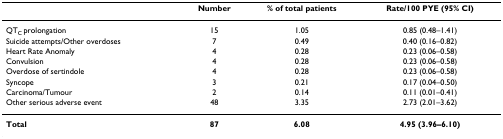
<table><thead><tr><td>[EMPTY_CELL]</td><td><b>Number</b></td><td><b>% of total patients</b></td><td><b>Rate/100 PYE (95% CI)</b></td></tr></thead><tbody><tr><td>QT<sub>C </sub>prolongation</td><td>15</td><td>1.05</td><td>0.85 (0.48–1.41)</td></tr><tr><td>Suicide attempts/Other overdoses</td><td>7</td><td>0.49</td><td>0.40 (0.16–0.82)</td></tr><tr><td>Heart Rate Anomaly</td><td>4</td><td>0.28</td><td>0.23 (0.06–0.58)</td></tr><tr><td>Convulsion</td><td>4</td><td>0.28</td><td>0.23 (0.06–0.58)</td></tr><tr><td>Overdose of sertindole</td><td>4</td><td>0.28</td><td>0.23 (0.06–0.58)</td></tr><tr><td>Syncope</td><td>3</td><td>0.21</td><td>0.17 (0.04–0.50)</td></tr><tr><td>Carcinoma/Tumour</td><td>2</td><td>0.14</td><td>0.11 (0.01–0.41)</td></tr><tr><td>Other serious adverse event</td><td>48</td><td>3.35</td><td>2.73 (2.01–3.62)</td></tr><tr><td><b>Total</b></td><td><b>87</b></td><td><b>6.08</b></td><td><b>4.95 (3.96–6.10)</b></td></tr></tbody></table>